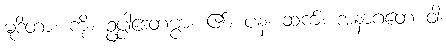
မုဒိတာ၊ ကို။ ဥပ္ပါဒေတဗ္ဗာ၊ ၏။ ပန၊ ဆက်။ အနာဂတေ ဝါ၊